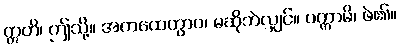
ဣတိ၊ ဤသို့။ အကထေတွာဝ၊ မဆိုဘဲလျှင်။ ပက္ကာမိ၊ ဖဲ၏။